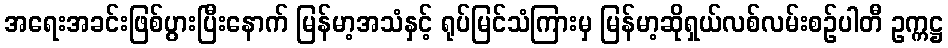
အရေးအခင်းဖြစ်ပွားပြီးနောက် မြန်မာ့အသံနှင့် ရုပ်မြင်သံကြားမှ မြန်မာ့ဆိုရှယ်လစ်လမ်းစဉ်ပါတီ ဥက္ကဋ္ဌ